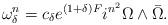
LaTeX: \begin{align*}\omega_\delta^n = c_\delta e^{(1+\delta)F} i^{n^2}\Omega \wedge \bar\Omega.\end{align*}